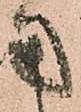
用